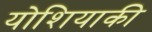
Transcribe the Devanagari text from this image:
योशियाकी